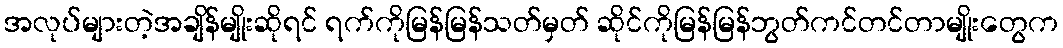
အလုပ်များတဲ့အချိန်မျိုးဆိုရင် ရက်ကိုမြန်မြန်သတ်မှတ် ဆိုင်ကိုမြန်မြန်ဘွတ်ကင်တင်တာမျိုးတွေက